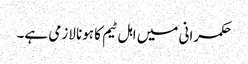
حکمرانی میں اہل ٹیم کا ہونا لازمی ہے۔